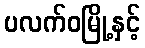
ပလက်ဝမြို့နှင့်